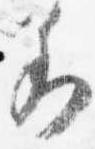
若